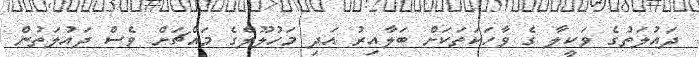
ދައުލަތުގެ ވަކީލާ ގެ ވާހަކަތަކަށް ބަލާއިރު އަދި މަހުލޫލްގެ މައްޗަށް ވެސް ދައުލަތުން